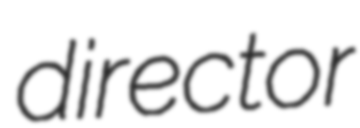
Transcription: director